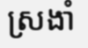
ស្រងាំ